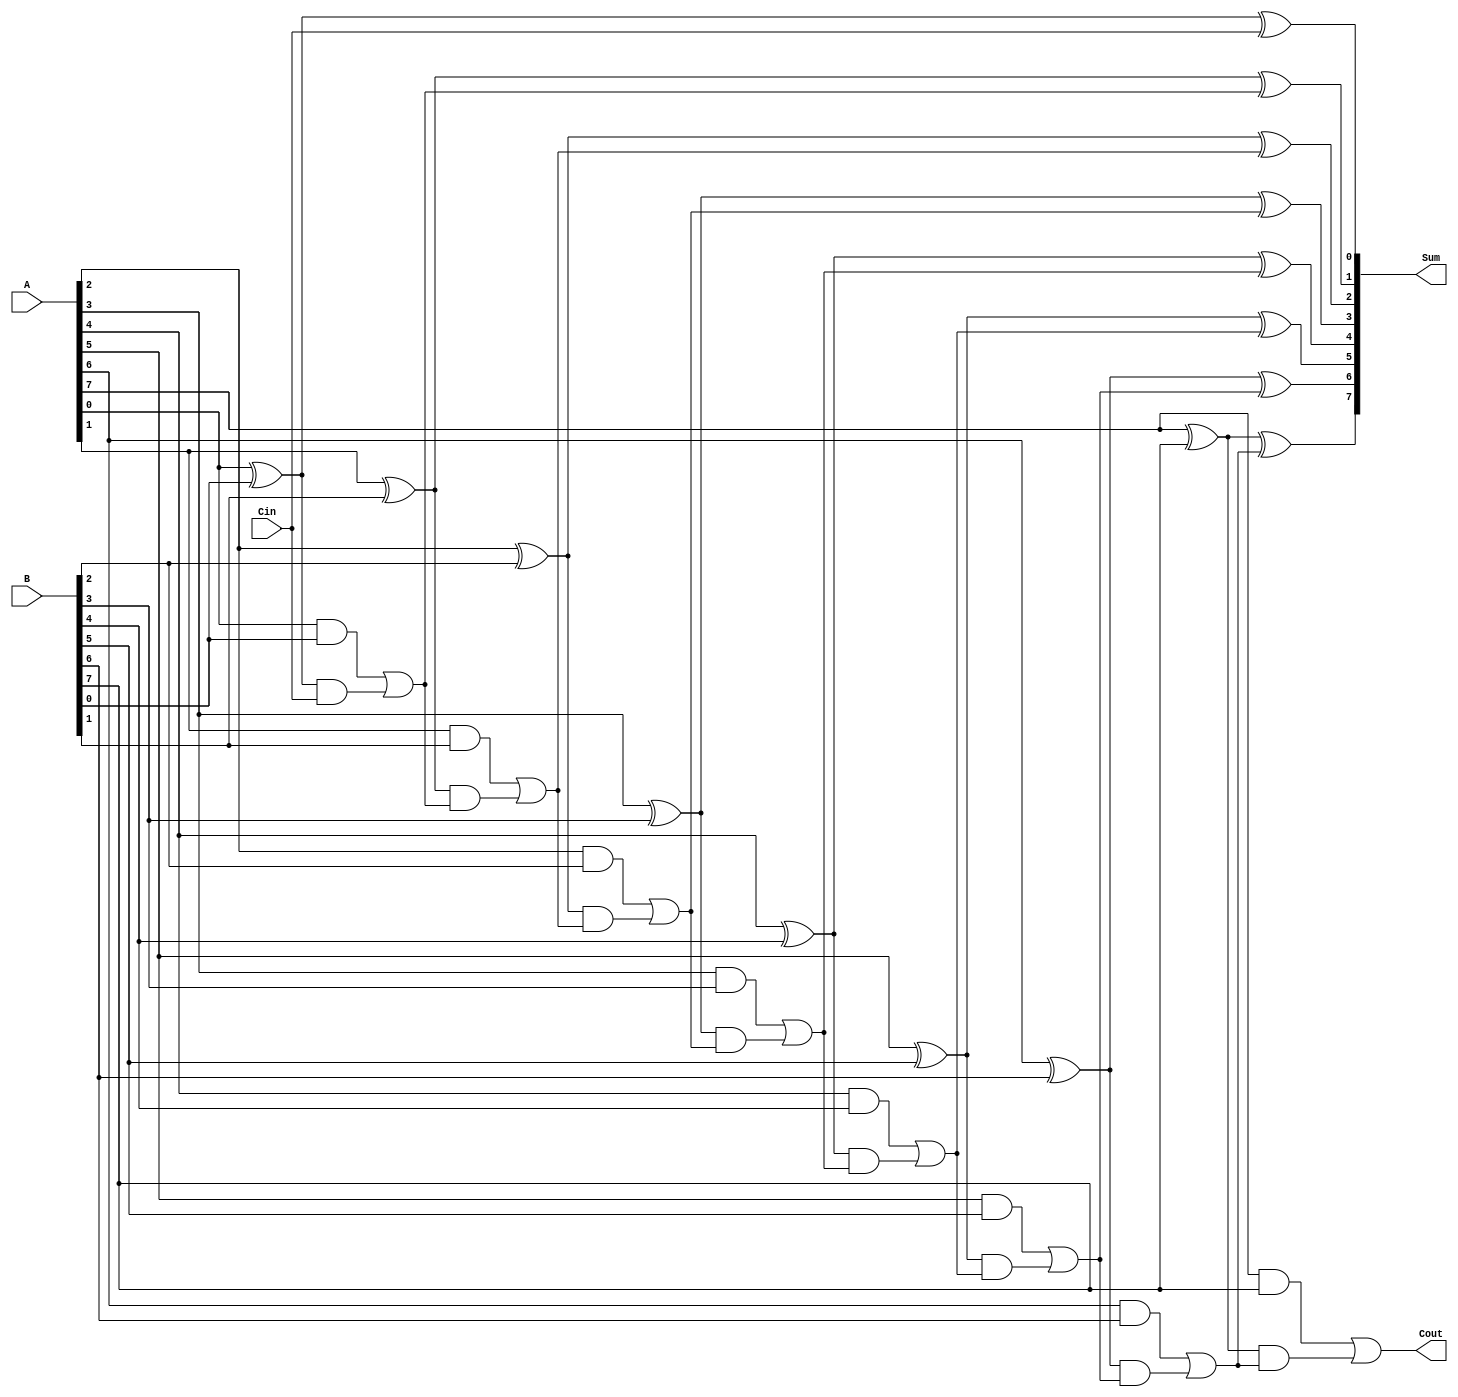
module carry_lookahead_adder(
    input [7:0] A,
    input [7:0] B,
    input Cin,
    output [7:0] Sum,
    output Cout
);

wire [7:0] P, G;
wire [7:0] C;

// Generate and Propagate signals
genvar i;
generate
    for (i = 0; i < 8; i = i + 1) begin: GenProp
        assign P[i] = A[i] ^ B[i];
        assign G[i] = A[i] & B[i];
    end
endgenerate

// Carry Lookahead Logic
assign C[0] = G[0] | (P[0] & Cin);
generate
    for (i = 1; i < 8; i = i + 1) begin: CarryLogic
        assign C[i] = G[i] | (P[i] & C[i-1]);
    end
endgenerate

// Sum calculation
assign Sum[0] = A[0] ^ B[0] ^ Cin;
generate
    for (i = 1; i < 8; i = i + 1) begin: SumLogic
        assign Sum[i] = A[i] ^ B[i] ^ C[i-1];
    end
endgenerate

// Output
assign Cout = C[7];

endmodule